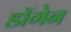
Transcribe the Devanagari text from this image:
डॉगेन